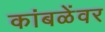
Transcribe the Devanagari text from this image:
कांबळेंवर